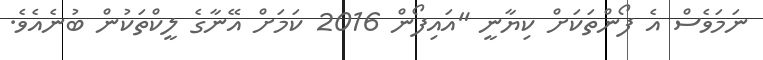
ނަމަވެސް އެ ފޯންތަކަށް ކިޔާނީ "އައިފޯން 2016 ކަމަށް އޭނާގެ ލީކްތަކުން ބުނެއެވެ.